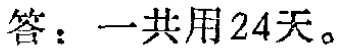
答：一共用24天。